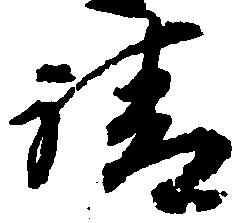
謂